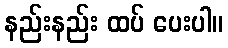
နည်းနည်း ထပ် ပေးပါ။